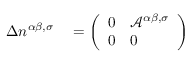
\begin{array} { r l } { \Delta n ^ { \alpha \beta , \sigma } } & { { } = \left( \begin{array} { l l } { 0 } & { \mathcal { A } ^ { \alpha \beta , \sigma } } \\ { 0 } & { 0 } \end{array} \right) } \end{array}